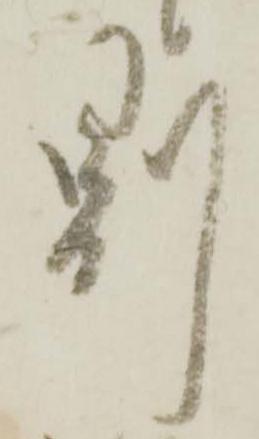
則